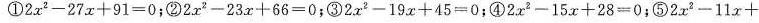
①$$2x^{2}-27x+91=0$$；②$$2x^{2}-23x+66=0$$；③$$2x_{2}-19x+45=0$$；④$$2x_{2}-15x+28=0$$；⑤$$2x_{2}-11x+$$